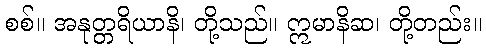
စစ်။ အနုတ္တရိယာနိ၊ တို့သည်။ ဣမာနိဆ၊ တို့တည်း။